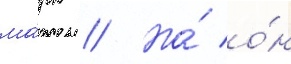
ма́рк // Но́ о́н